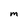
Character: m